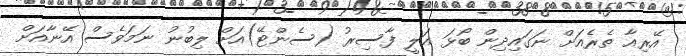
އޭރިއާ ތެރެއަށް ނަގައިދިން ބޯޅަ އަލީ ފާސިރު (ސެންޓޭ)އަށް ލިބުނު ނަމަވެސް އޭނާއަށް